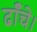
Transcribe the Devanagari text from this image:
ढाँचे।